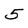
Character: 5